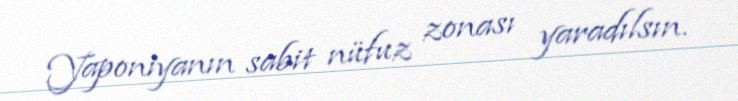
Yaponiyanın sabit nüfuz zonası yaradılsın.